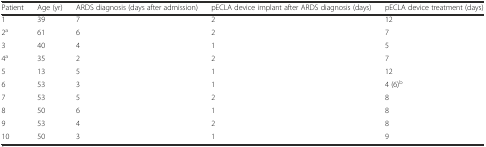
| Patient | Age (yr) | ARDS diagnosis (days after admission) | pECLA device implant after ARDS diagnosis (days) | pECLA device treatment (days) |
 | --- | --- | --- | --- | --- |
 | 1 | 39 | 7 | 2 | 12 |
 | 2a | 61 | 6 | 2 | 7 |
 | 3 | 40 | 4 | 1 | 5 |
 | 4a | 35 | 2 | 2 | 7 |
 | 5 | 13 | 5 | 1 | 12 |
 | 6 | 53 | 3 | 1 | 4 (6)b |
 | 7 | 53 | 5 | 2 | 8 |
 | 8 | 50 | 6 | 1 | 8 |
 | 9 | 53 | 4 | 2 | 8 |
 | 10 | 50 | 3 | 1 | 9 |